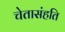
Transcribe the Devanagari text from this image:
चेतासंहति